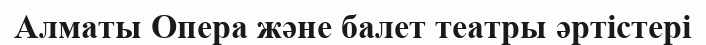
Алматы Опера және балет театры әртістері